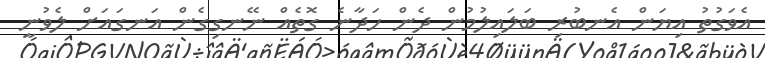
އެވަގުތު އިޔަން އެނބުރި ބަލައިލުމުން ދެން ހަދާނެ ގޮތެއް ނޭނގިގެން އަނގައަށް ލެވުނީ